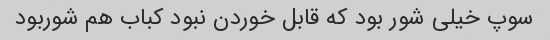
سوپ خیلی شور بود که قابل خوردن نبود کباب هم شوربود